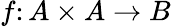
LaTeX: f\colon A\times A\to B